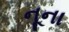
નૂના